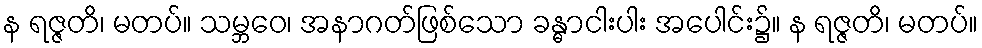
န ရဇ္ဇတိ၊ မတပ်။ သမ္ဘဝေ၊ အနာဂတ်ဖြစ်သော ခန္ဓာငါးပါး အပေါင်း၌။ န ရဇ္ဇတိ၊ မတပ်။